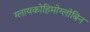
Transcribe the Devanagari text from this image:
ग्लायकोहिमोग्लोबिन